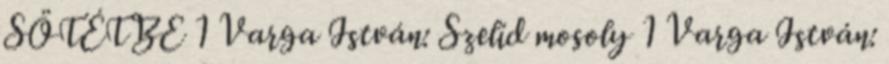
SÖTÉTBE 1 Varga István: Szelíd mosoly 1 Varga István: